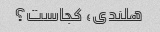
هلندی، کجاست؟